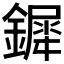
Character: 𨬯